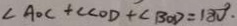
\angle A O C + \angle C O D + \angle B O D = 1 8 0 ^ { \circ } .